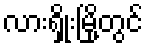
လားရှိုးမြို့တွင်